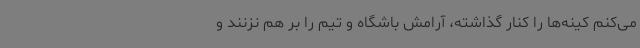
می‌کنم کینه‌ها را کنار گذاشته، آرامش باشگاه و تیم را بر هم نزنند و